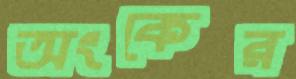
অংকের